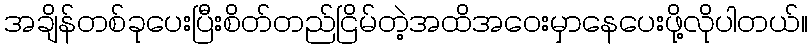
အချိန်တစ်ခုပေးပြီးစိတ်တည်ငြိမ်တဲ့အထိအဝေးမှာနေပေးဖို့လိုပါတယ်။